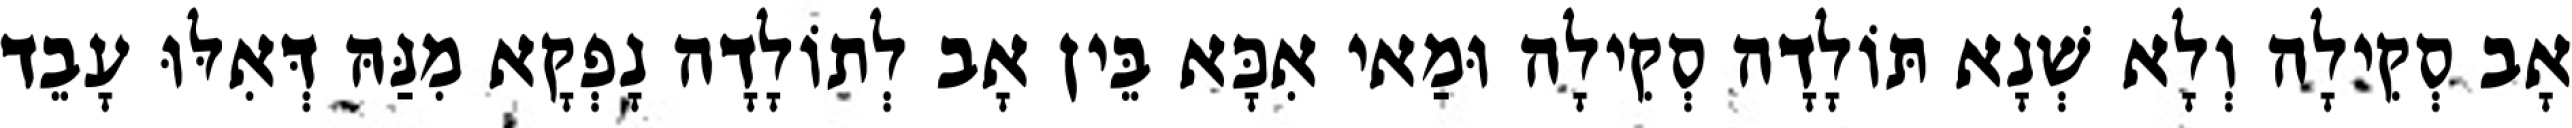
אָב סְקִילָה וְלָא שְׁנָא תּוֹלָדָה סְקִילָה וּמַאי אִכָּא בֵּין אָב לְתוֹלָדָה נָפְקָא מִנַּהּ דְּאִלּוּ עָבֵד